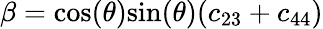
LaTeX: \beta=\textrm{cos}(\theta)\textrm{sin}(\theta)(c_{23}+c_{44})